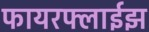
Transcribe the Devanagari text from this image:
फायरफ्लाईझ